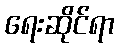
ရေးဆိုင်ရာ